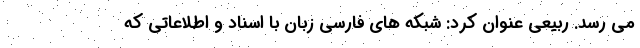
می رسد. ربیعی عنوان کرد: شبکه های فارسی زبان با اسناد و اطلاعاتی که